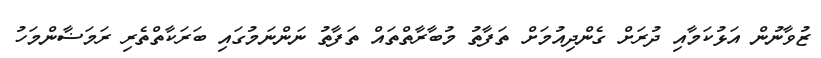
ޒުވާނުން އަޅުކަމާއި ދުރަށް ގެންދިއުމަށް ތަފާތު މުބާރާތްތައް ތަފާތު ނަންނަމުގައި ބަރަކާތްތެރި ރަމަޟާންމަހު